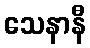
သေနာနီ